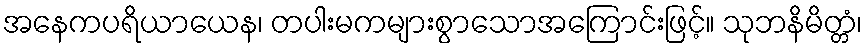
အနေကပရိယာယေန၊ တပါးမကများစွာသောအကြောင်းဖြင့်။ သုဘနိမိတ္တံ၊